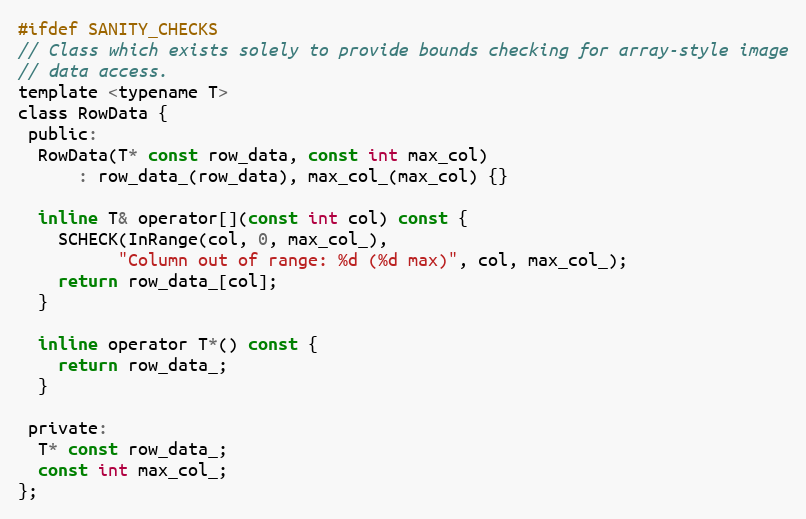
Language: C
#ifdef SANITY_CHECKS
// Class which exists solely to provide bounds checking for array-style image
// data access.
template <typename T>
class RowData {
 public:
  RowData(T* const row_data, const int max_col)
      : row_data_(row_data), max_col_(max_col) {}

  inline T& operator[](const int col) const {
    SCHECK(InRange(col, 0, max_col_),
          "Column out of range: %d (%d max)", col, max_col_);
    return row_data_[col];
  }

  inline operator T*() const {
    return row_data_;
  }

 private:
  T* const row_data_;
  const int max_col_;
};